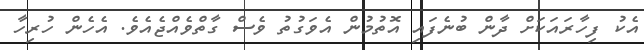
އެކު ފިހާރައަކަށް ދާން ބުނެފައި އޮތުމުން އެވަގުތު ވެސް ގާތްވެއްޖެއެވެ. އެހެން ހުރިހާ